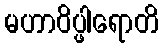
မဟာဝိပ္ဖါရောတိ